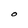
Character: O